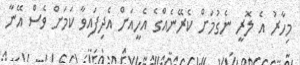
މިހާރު އެ ލޮރީ ނެގުމަށް ކެރޭނެއްގެ އެހީއަށް އެދިފައިވާ ކަމަށް ވެސް އޭނާ